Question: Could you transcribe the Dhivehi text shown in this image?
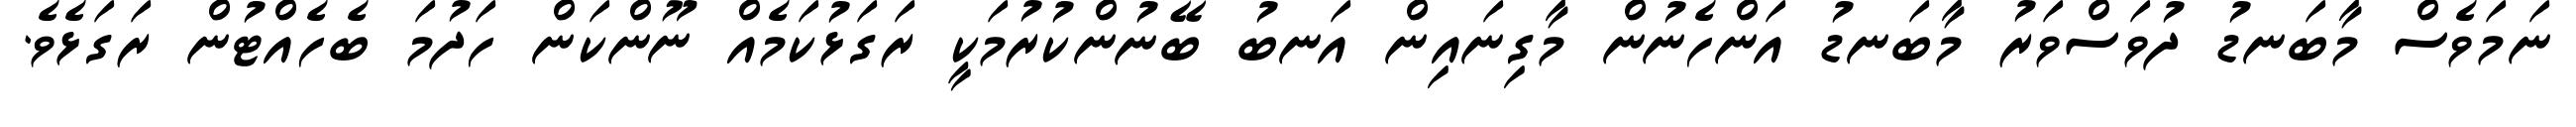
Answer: ނަމަވެސް މާބަނޑު ދުވަސްވަރު މާބަނޑު އަންހެނުން މާގިނައިން އަނބު ބޭނުންކުރުމަކީ ރަގަޅުކަމެއް ނޫންކަން ހަދުމަ ބެހެއްޓުން ރަގަޅެވެ.